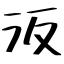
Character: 汳